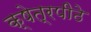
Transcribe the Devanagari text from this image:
क्षेत्रपीठे